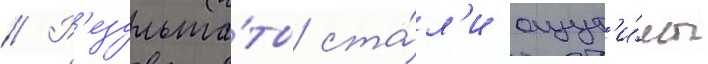
// Р'езульта́ты ста́л'и ощут'и́мы